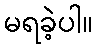
မရခဲ့ပါ။